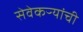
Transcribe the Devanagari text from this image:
सेवेकऱ्यांची